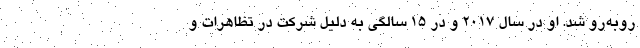
روبه‌رو شد. او در سال 2017 و در 15 سالگی به دلیل شرکت در تظاهرات و